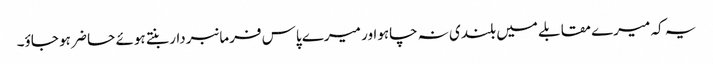
یہ کہ میرے مقابلے میں بلندی نہ چاہواور میرے پاس فرمانبردار بنتے ہوئے حا ضر ہو جاؤ۔